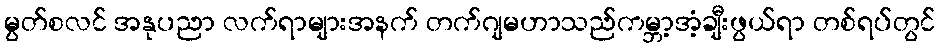
မွတ်စလင် အနုပညာ လက်ရာများအနက် တက်ဂျမဟာသည်ကမ္ဘာ့အံ့ချီးဖွယ်ရာ တစ်ရပ်တွင်